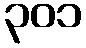
၃၀၁